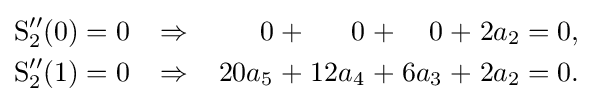
{\begin{alignedat}{15}\operatorname {S} _{2}''(0)&&\;=\;&&0\;\;\;\;&&\Rightarrow &&\;\;\;\;0\;&&+&&\;0\;&&+&&\;0\;&&+&&\;2a_{2}\;&&=\;&&0,&\\\operatorname {S} _{2}''(1)&&\;=\;&&0\;\;\;\;&&\Rightarrow &&\;\;\;\;20a_{5}\;&&+&&\;12a_{4}\;&&+&&\;6a_{3}\;&&+&&\;2a_{2}\;&&=\;&&0.&\end{alignedat}}